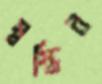
স্বস্তির